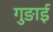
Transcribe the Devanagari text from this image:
गुङाई